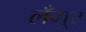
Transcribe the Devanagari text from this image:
लँगूर